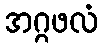
အဂ္ဂဖလံ